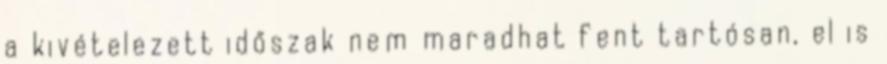
a kivételezett időszak nem maradhat fent tartósan, el is